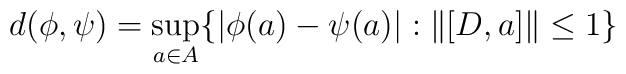
d(\phi, \psi) = \sup_{a \in A} \{ | \phi (a) - \psi (a) | : \| [D,a] \| \le 1 \}